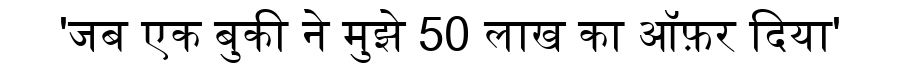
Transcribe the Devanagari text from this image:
'जब एक बुकी ने मुझे 50 लाख का ऑफ़र दिया'